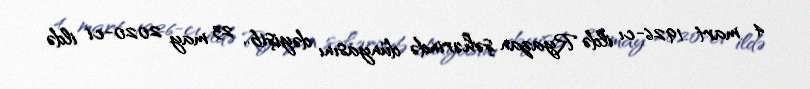
4 mart 1926-cı ildə Ryazan şəhərində dünyasını dəyişib.. 23 may 2020-ci ildə